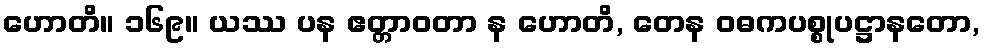
ဟောတိ။ ၁၆၉။ ယဿ ပန ဧတ္တာဝတာ န ဟောတိ, တေန ဝဓကပစ္စုပဋ္ဌာနတော,